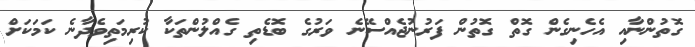
ގޮތުންނާއި އެހެނިގެން ގޮތް ގޮތުން ފަރުނުޖެއްސޭނެ ވަރުގެ ބޮޑެތި ގެއްލުންތަކާ ކުރިމަތިވެދާނެ ކަމަކަށް